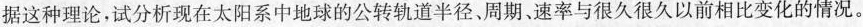
据这种理论，试分析现在太阳系中地球的公转轨道半径、周期、速率与很久很久以前相比变化的情况。